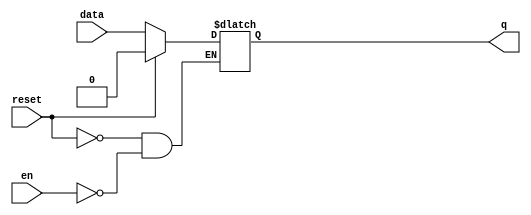
module dlatch_reset (data, en,  reset,  q);
	input data, en, reset ; 
	output q;
	reg q;
always @ ( en or reset or data)
	if (reset) begin
  	q <= 1'b0;
	end else if (en) begin
  	q <= data;
	end
endmodule //End Of Module dlatch_reset

module  dlatch_reset_tb;
	reg data, en, reset ; 
	wire q;
	dlatch_reset dlatch(data, en,  reset,  q);	
 
	initial
	begin
 	en=0;
 	data = 0;
 	 
	#5 reset = 1;
	#30 reset = 0;
 	$monitor($time, "\ten=%b\t ,reset=%b\t, data=%b\t, q=%b",en,reset,data,q);
 	#160 $finish;
	end
 	always #25  en = ~en;
 	always #40 data = ~data;
	 
 endmodule